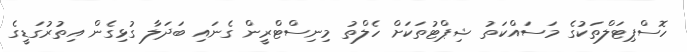
ހޮސްޕިޓަލްތަކުގެ މަސައްކަތު ޝިޕްޓުތަކަށް ހެލްތު މިނިސްޓްރީން ގެނައި ބަދަލާ ގުޅިގެން އިތުރުގަޑީގެ